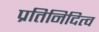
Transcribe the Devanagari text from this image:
प्रतिनिदित्व